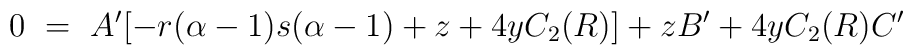
0 ~=~ A^\prime[-r(\alpha-1)s(\alpha-1) + z + 4yC_2(R)] + zB^\prime+ 4yC_2(R)C^\prime